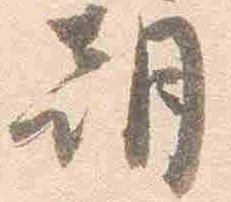
朝